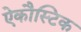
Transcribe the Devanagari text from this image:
ऐकौस्टिक